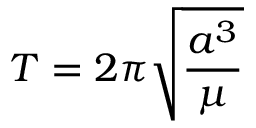
T = 2 \pi { \sqrt { \frac { a ^ { 3 } } { \mu } } }